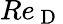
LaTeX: Re_{\mathrm{~D~}}